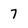
Character: 7